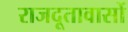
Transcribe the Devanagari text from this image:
राजदूतावासों